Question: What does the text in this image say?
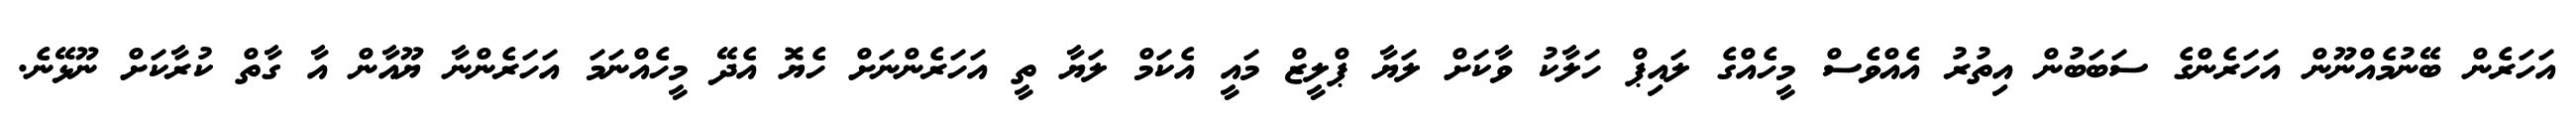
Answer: އަހަރެން ބޭނުމެއްނޫން އަހަރެންގެ ސަބަބުން އިތުރު އެއްވެސް މީހެއްގެ ލައިޕް ހަލާކު ވާކަށް ލަޔާ ޕްލީޒް މައީ އެކަމް ލަޔާ ތީ އަހަރެންނަށް ހެޔޮ އެދޭ މީހެއްނަމަ އަހަރެންނާ ޔޫއާން އާ ގާތް ކުރާކަށް ނޫޅޭނެ.